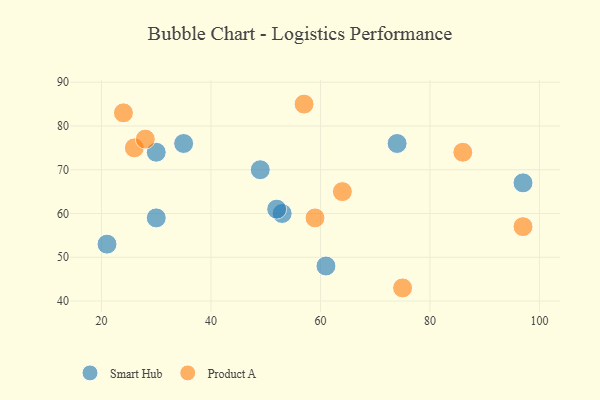
{"axis": {"x": "GDP", "y": "Life Expectancy"}, "legend": ["Product A", "Smart Hub"], "data": [{"x": "53", "y": 60, "type": "Smart Hub"}, {"x": "61", "y": 48, "type": "Smart Hub"}, {"x": "97", "y": 67, "type": "Smart Hub"}, {"x": "21", "y": 53, "type": "Smart Hub"}, {"x": "52", "y": 61, "type": "Smart Hub"}, {"x": "49", "y": 70, "type": "Smart Hub"}, {"x": "74", "y": 76, "type": "Smart Hub"}, {"x": "35", "y": 76, "type": "Smart Hub"}, {"x": "30", "y": 74, "type": "Smart Hub"}, {"x": "30", "y": 59, "type": "Smart Hub"}, {"x": "64", "y": 65, "type": "Product A"}, {"x": "26", "y": 75, "type": "Product A"}, {"x": "86", "y": 74, "type": "Product A"}, {"x": "28", "y": 77, "type": "Product A"}, {"x": "57", "y": 85, "type": "Product A"}, {"x": "97", "y": 57, "type": "Product A"}, {"x": "75", "y": 43, "type": "Product A"}, {"x": "59", "y": 59, "type": "Product A"}, {"x": "24", "y": 83, "type": "Product A"}]}